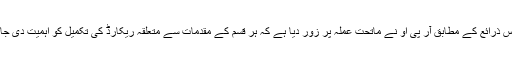
پولیس ذرائع کے مطابق آر پی او نے ماتحت عملہ پر زور دیا ہے کہ ہر قسم کے مقدمات سے متعلقہ ریکارڈ کی تکمیل کو اہمیت دی جائے۔